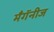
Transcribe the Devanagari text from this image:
मँगॅनीज